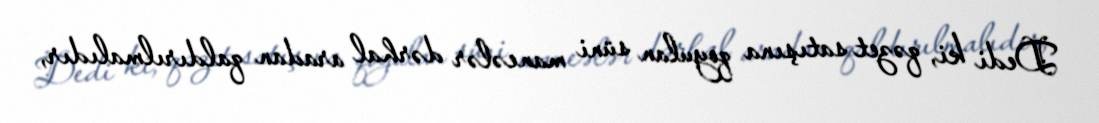
Dedi ki, qəzet satışına qoyulan süni maneələr dərhal aradan qaldırılmalıdır,